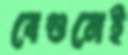
বেগুনেই